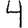
Digit: 4